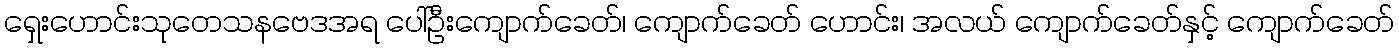
ရှေးဟောင်းသုတေသနဗေဒအရ ပေါ်ဦးကျောက်ခေတ်၊ ကျောက်ခေတ် ဟောင်း၊ အလယ် ကျောက်ခေတ်နှင့် ကျောက်ခေတ်